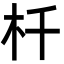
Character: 杄